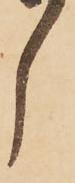
し